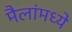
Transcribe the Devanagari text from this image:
मैलांमध्ये